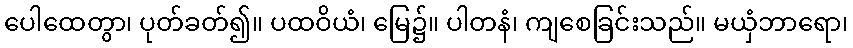
ပေါထေတွာ၊ ပုတ်ခတ်၍။ ပထဝိယံ၊ မြေ၌။ ပါတနံ၊ ကျစေခြင်းသည်။ မယှံဘာရော၊